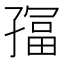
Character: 𫲮